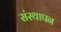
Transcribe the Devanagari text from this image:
संस्‍थापन